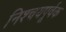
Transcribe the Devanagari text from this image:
निश्‍चयपूर्वक